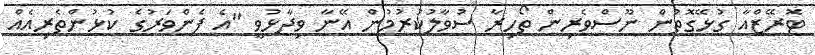
ޓޮރޭޒްއާ ގުޅޭގޮތުން ނޫސްވެރިން ތޯހިރާ ސުވާލުކުރުމުން އޭނާ ވިދާޅުވީ "އެ ފެންވަރުގެ ކުޅުންތެރިއެއް